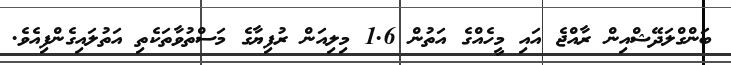
ބަންގްލަދޭޝްއިން ރާއްޖެ އައި މީހެއްގެ އަތުން 1.6 މިލިއަން ރުފިޔާގެ މަސްތުވާތަކެތި އަތުލައިގެންފިއެވެ.